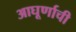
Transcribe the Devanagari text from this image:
आघूर्णाची